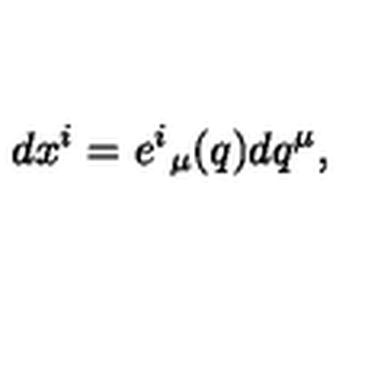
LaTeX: d x ^ { i } = e ^ { i } { } _ { \mu } ( q ) d q ^ { \mu } ,